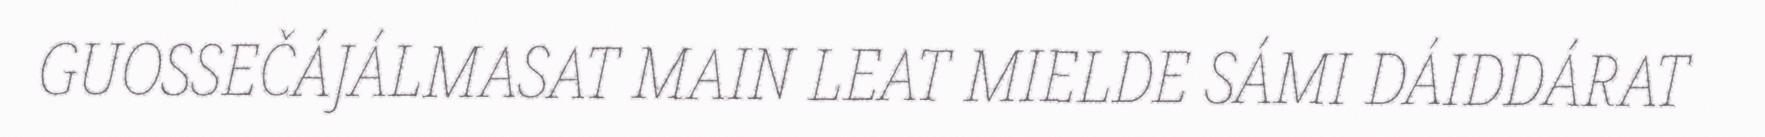
GUOSSEČÁJÁLMASAT MAIN LEAT MIELDE SÁMI DÁIDDÁRAT